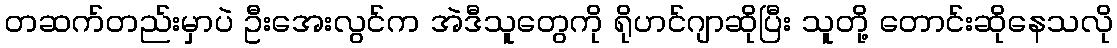
တဆက်တည်းမှာပဲ ဦးအေးလွင်က အဲဒီသူတွေကို ရိုဟင်ဂျာဆိုပြီး သူတို့ တောင်းဆိုနေသလို